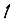
Digit: 1